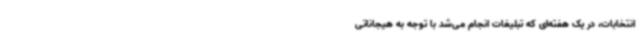
انتخابات، در یک هفته‌ای که تبلیغات انجام می‌شد با توجه به هیجاناتی